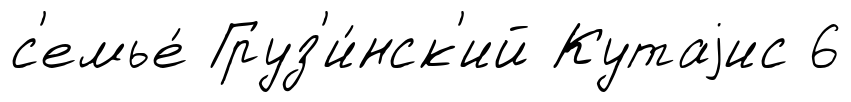
с'емье́ Груз'и́нск'ий Кутаjис 6